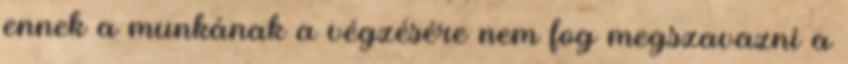
ennek a munkának a végzésére nem fog megszavazni a